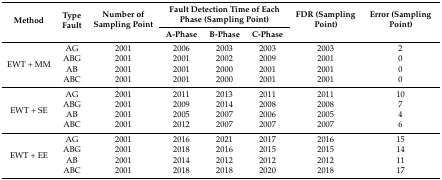
<table><thead><tr><td rowspan="2"><b>Method</b></td><td rowspan="2"><b>Type Fault</b></td><td rowspan="2"><b>Number of Sampling Point</b></td><td colspan="3"><b>Fault Detection Time of Each Phase (Sampling Point)</b></td><td rowspan="2"><b>FDR (Sampling Point)</b></td><td rowspan="2"><b>Error (Sampling Point)</b></td></tr><tr><td><b>A-Phase</b></td><td><b>B-Phase</b></td><td><b>C-Phase</b></td></tr></thead><tbody><tr><td rowspan="4">EWT + MM</td><td>AG</td><td>2001</td><td>2006</td><td>2003</td><td>2003</td><td>2003</td><td>2</td></tr><tr><td>ABG</td><td>2001</td><td>2001</td><td>2002</td><td>2009</td><td>2001</td><td>0</td></tr><tr><td>AB</td><td>2001</td><td>2001</td><td>2000</td><td>2001</td><td>2001</td><td>0</td></tr><tr><td>ABC</td><td>2001</td><td>2001</td><td>2000</td><td>2001</td><td>2001</td><td>0</td></tr><tr><td rowspan="4">EWT + SE</td><td>AG</td><td>2001</td><td>2011</td><td>2013</td><td>2011</td><td>2011</td><td>10</td></tr><tr><td>ABG</td><td>2001</td><td>2009</td><td>2014</td><td>2008</td><td>2008</td><td>7</td></tr><tr><td>AB</td><td>2001</td><td>2005</td><td>2007</td><td>2006</td><td>2005</td><td>4</td></tr><tr><td>ABC</td><td>2001</td><td>2012</td><td>2007</td><td>2007</td><td>2007</td><td>6</td></tr><tr><td rowspan="4">EWT + EE</td><td>AG</td><td>2001</td><td>2016</td><td>2021</td><td>2017</td><td>2016</td><td>15</td></tr><tr><td>ABG</td><td>2001</td><td>2018</td><td>2016</td><td>2015</td><td>2015</td><td>14</td></tr><tr><td>AB</td><td>2001</td><td>2014</td><td>2012</td><td>2012</td><td>2012</td><td>11</td></tr><tr><td>ABC</td><td>2001</td><td>2018</td><td>2018</td><td>2020</td><td>2018</td><td>17</td></tr></tbody></table>